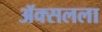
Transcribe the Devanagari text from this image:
ॲक्सलला